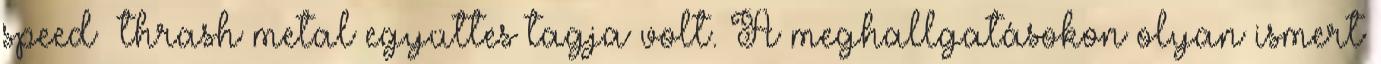
speed thrash metal együttes tagja volt. A meghallgatásokon olyan ismert